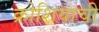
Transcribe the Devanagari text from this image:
क्रोशियाची